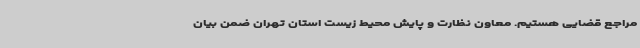
مراجع قضایی هستیم. معاون نظارت و پایش محیط زیست استان تهران ضمن بیان